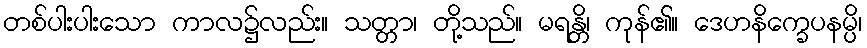
တစ်ပါးပါးသော ကာလ၌လည်း။ သတ္တာ၊ တို့သည်။ မရန္တိ၊ ကုန်၏။ ဒေဟနိက္ခေပနမ္ပိ၊